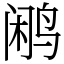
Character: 鹇